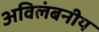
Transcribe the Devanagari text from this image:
अविलंबनीय